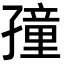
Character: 𡦜